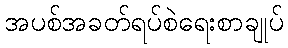
အပစ်အခတ်ရပ်စဲရေးစာချုပ်